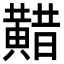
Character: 𪏈